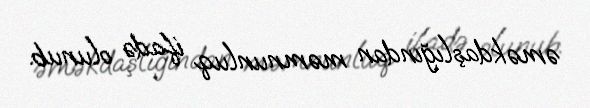
əməkdaşlığından məmnunluq ifadə olunub.